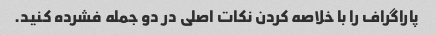
پاراگراف را با خلاصه کردن نکات اصلی در دو جمله فشرده کنید.